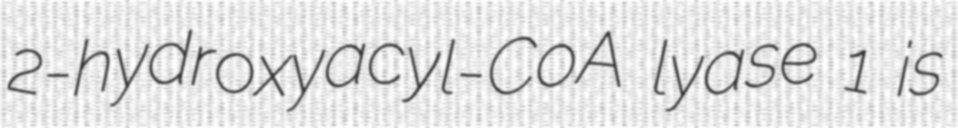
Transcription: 2-hydroxyacyl-CoA lyase 1 is